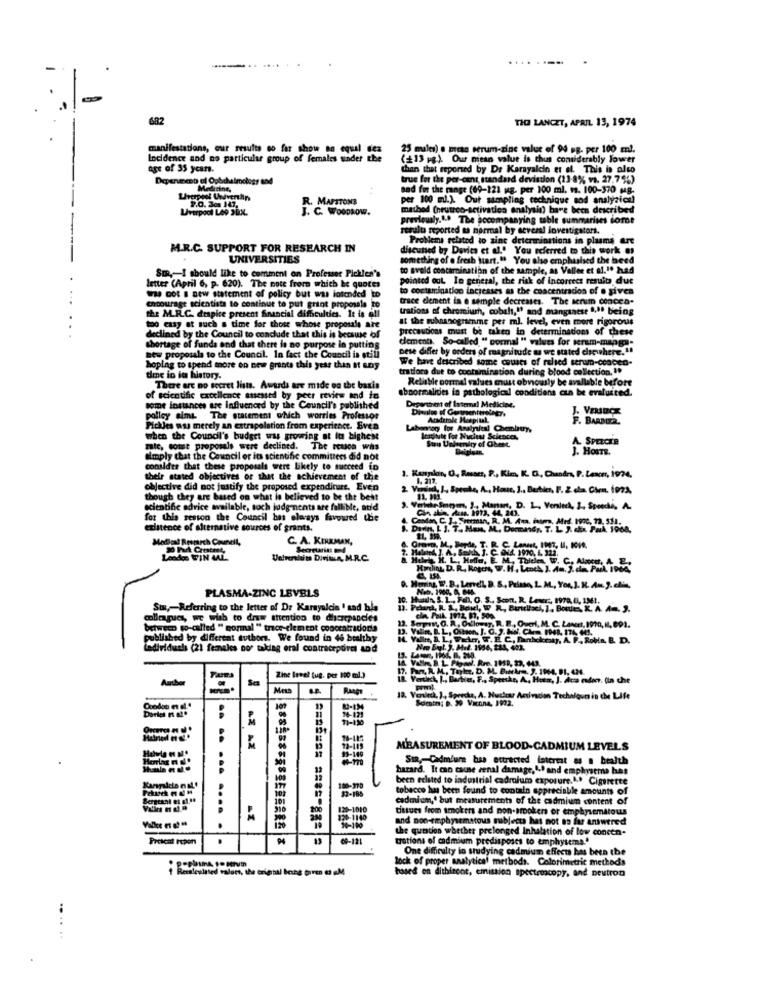
........
682
THE LANCET, APRIL 13, 1974
manifestations, our results so far show en c
25 muules) o pran serum-zine value of 94 ag. per 100 ml.
Incidence and no particular group of females under
(13 pg.). Our mean value is thus considerably lower
age of 35 years.
than that reported by Dr Karayalcin et al. This is alto
Depenment al Opbdhalmoless and
true for the per-cent standard deviation (11-8% vs. 27.79%)
Medicine,
and for the range (69-121 mg. per 100 ml. v. 100-370 MB.
per 100 m.). Out sampling technique sod analytical
J. C. WOODROW.
R. MAPSTONS
mathod (neutron-activation analysis) bare been described
previously.1.º The bocompanying table summarises dort
result reported as normal by several investigators.
Problems related to zinc determinations in plasma art
M.R.C. SUPPORT FOR RESEARCH IN
discussed by Davies et al." You referred to this work es
UNIVERSITIES
something of a fresh tart." You also emphasised the heed
to sveld contamination of the sample, as Vallee et al.1º had
Sme, I should like to comment on Professer Pickles's
pointed out In general, the risk of incorrect results due
letter (April 6, p. 620). The note from which he quotes
to costurination increases as the concentracion of o gives
was cot a new statement of policy but was intended to
trace clement la e semple decreases. The senum concea.
encourage scientists to continue to put grint proposals to
trations of chromium, cobalt," and manganese 1.ºº being
the M.R.C. despite present financial difficulties. It is all
at the ruhmanogramme per ml. level, even more rigorous
too easy at such a time for those whose proposals are
precautions must be taken in determinations of these
declined by the Council to conclude that this is because of
clements. So-called " normal " values for serem-mapga-
shortage of funds and that there is no purpose in putting
Dese differ by onders of magnitude as we stated chicwhere .!!
Btw proposals to the Council. In fact the Council is still
We have described some causes of relsed serum-ccacen-
hoplag to spend more on new grants this year then It any
trations due to contamination during blood collection. ..
dime io in history.
Relisble normal values must obviously be available before
There are no secret lists. Awards are mide on the basis
abnormalities in pathological conditions cun be evaluited.
of scientific excellence assessed by peer review and im
some instances are influenced by the Council's published
Depettest of Internal Medicine.
policy sims The statement which worries Professor
Academic Hospital.
F. BARBIER
Pickles was merely an extrapolati
Etrapolation from experience. Sven
Lahantony for Analy
Analyslesi Chembuy,
when the Council's budget was growing at fe
Insitube For Nuciest Sciences,
Stau Unlenity of Obeet.
A. SPERCER
mic, somse proposals were declined. The reason was
J. HOSTE.
aimply that the Council or its scientific committees did not
consider that these proposals were Likely to succeed in
their stated objectives of that the achievement of the
1. Renplan, O, Russes, P ., Kim, K. D ., Chandra, P. Lesonr, 1974,
1. 217.
objective did not justify the proposed expenditure. Even
2. Vierind, L, Spente, A, Hous, J ., Bartien, F. 2 d Chra. 1972
though they are based on
based on what is believed to be the best
scientific advice available, toch judg ments are fallible, atid
3. Verkehr Smeyer, J ., Mantar, D. L ., Verslech, 3, Sprechi, A.
for this season the Council bas elarays favowed the
4. Condon, C. L .. 5m
I. Srorman, R. M. Ana. inom, Atrd, 1900, 73. 511.
existence of alternative sources of grants.
. Darin, L J. T. Men, M ., Dormand ,. T. L. J. chix. Pak, 1968,
Medical Research Council,
C. A. KIRKMAN,
Secretaria und
London WIN MAL
Handling, D. R. Rogers, W. H ., Leoch, J. Am. 3. da. Park. 1964,
PLASMA-ZINC LEVELS
9. Moving W.B. LereL B. S, Prima, L. M ., You, J. K. Am J. clie,
30. Huuln, S. L ., Fall, O. S .. Scon, R. Lewar, 1978, L, 1M41.
Six ,- Referring to the letter of Dr Karayalcin ' sad bla
colleagues, we wish to draw attention to discrepancies
cla, Pail 1972, 87, 500.
between wo-called " normal " trace-clement concentrador!)
12. Sapm, O. R, Oxlousy, R. B ., Oucrl, M. C. Lasert, 1970, 1, 891.
13. Valine, B. L. Oibson, J. C. 2. Juni. Chem. F968, 174, 411.
published by different authors. We found in 46 healthy
Ledividuals (21 females nor taking oral contraceporn and
17. Pur. R. M ., Tayler, D. M. Burekre, J. 1964, 81, 424.
Zine level fug, per 100 ml.)
18. Verdikt, [ ., Barbier, F ., Speeske, A, Hotr, J. Aca endor. fin che
Mets
RAGET
18. Veniech, J, Speecha, A. Husker Animation Technique in the Life
Dortel F. M.
76-179
..
93-149
MEASUREMENT OF BLOOD-CADMIUM LEVELS
2222
Sun ,- Cadmire has attracted interest as a health
hazard. It can cause renal damage,".º and emphysema has
"and emphysema has
been eclated to industrial cadrolum exposure.A.º Cigarette
100-370
32-188
tobacco has been found to contain appreciable amounts of
Bergennt et al.
108
101
cadmium,' but measurements of the cadmium content of
910
200
120-1010
tissues from smokers and non-smokers or emphysematous
320-1140
and non-emphysematous subjects has not as far answered
.. ... .....
10-100
the question whether prolonged Inhalation of low concen-
Present repon
.
69-121
trations of cadmium predisposes to emphysema .*
One difficulty in studying cadmium effects has been the
lock of proper analytical methods. Colorimetric methods
based on dithiront, emission spectrecopy, and neutron
.....